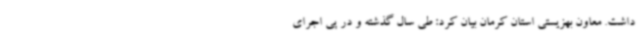
داشت. معاون بهزیستی استان کرمان بیان کرد: طی سال گذشته و در پی اجرای